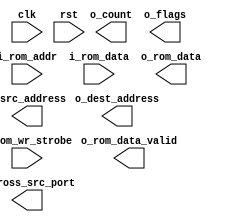
module dma_prog_rom #(
  parameter ROM_SIZE    = 6
) (
  input               clk,
  input               rst,

  input       [7:0]   i_rom_addr,
  input               i_rom_wr_strobe,
  input       [31:0]  i_rom_data,
  output  reg         o_rom_data_valid,
  output      [31:0]  o_rom_data,

  output              o_src_address,
  output              o_dest_address,
  output              o_count,
  output              o_flags,
  output              o_cross_src_port
);

//Local Parameter
//Registers/Wires
//Submodules
//Asynchronous Logic
//Synchronous Logic

endmodule